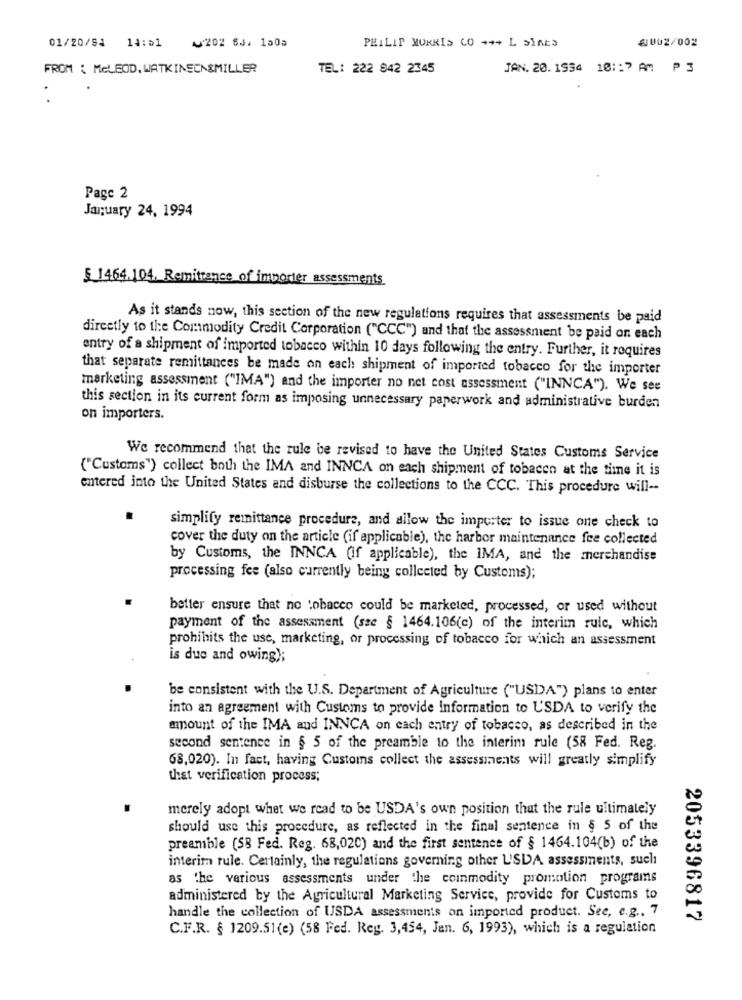
01/20/54 14:>1
A202 6J. 1505
2002/002
PHILIP MORRIS CO +++ L SIAES
FROM : MeLEOD. WATKINECN&MILLER
TEL: 222 942 2345
JAN. 20. 1954 10:17 AM P 3
Page 2
January 24, 1994
5 1464.104. Remittance of importer assessments
As it stands now, this section of the new regulations requires that assessments be paid
directly to the Commodity Credit Corporation ("CCC") and that the assessment be paid on each
entry of a shipment of imported tobacco within 10 days following the entry. Further, it requires
that separate remittances be made on each shipment of imported tobacco for the importer
marketing assessment ("IMA") and the importer no net cost assessment ("INNCA"). We see
this section in its current form as imposing unnecessary paperwork and administrative burden
on importers.
We recommend that the rule be revised to have the United States Customs Service
("Customs") collect both the IMA and INNCA on each shipment of tobacen at the time it is
entered into the United States and disburse the collections to the CCC. This procedure will --
simplify remittance procedure, and allow the imperter to issue one check to
cover the duty on the article (if applicable), the harbor maintenance fee collected
by Customs, the INNCA (if applicable), the IMA, and the merchandise
processing fee (also currently being collected by Customs);
better ensure that no tobacco could be marketed, processed, or used without
payment of the assessment (see § 1464.106(c) of the interim rule, which
prohibits the use, marketing, or processing of tobacco for which an assessment
is due and owing);
be consistent with the U.S. Department of Agriculture ("USDA") plans to enter
into an agreement with Customs to provide information to USDA to verify the
amount of the IMA and INNCA on each entry of tobacco, as described in the
second sentence in § 5 of the preamble to the interim rule (58 Fed. Reg.
68,020). In fact, having Customs collect the assessments will greatly simplify
that verification process;
merely adopt what we read to be USDA's own position that the rule ultimately
should use this procedure, as reflected in the final sentence in § 5 of the
preamble (58 Fed. Reg. 68,020) and the first sentence of § 1464.104(b) of the
interim rule. Certainly, the regulations governing other USDA assessments, such
as the various assessments under the commodity promotion programs
administered by the Agricultural Marketing Service, provide for Customs to
handle the collection of USDA assessments on imported product. See, c.g. 7
2053396817
C.F.R. § 1209.51(e) (58 Fed. Reg. 3,454, Jan. 6, 1993), which is a regulation